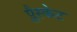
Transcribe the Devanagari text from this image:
प्लैस्केट